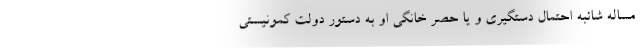
مساله شائبه احتمال دستگیری و یا حصر خانگی او به دستور دولت کمونیستی